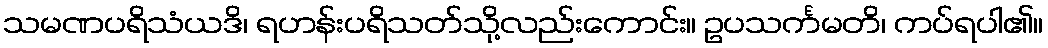
သမဏပရိသံယဒိ၊ ရဟန်းပရိသတ်သို့လည်းကောင်း။ ဥပသင်္ကမတိ၊ ကပ်ရပါ၏။